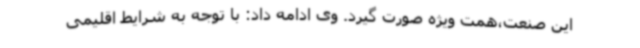
این صنعت،همت ویژه صورت گیرد. وی ادامه داد: با توجه به شرایط اقلیمی